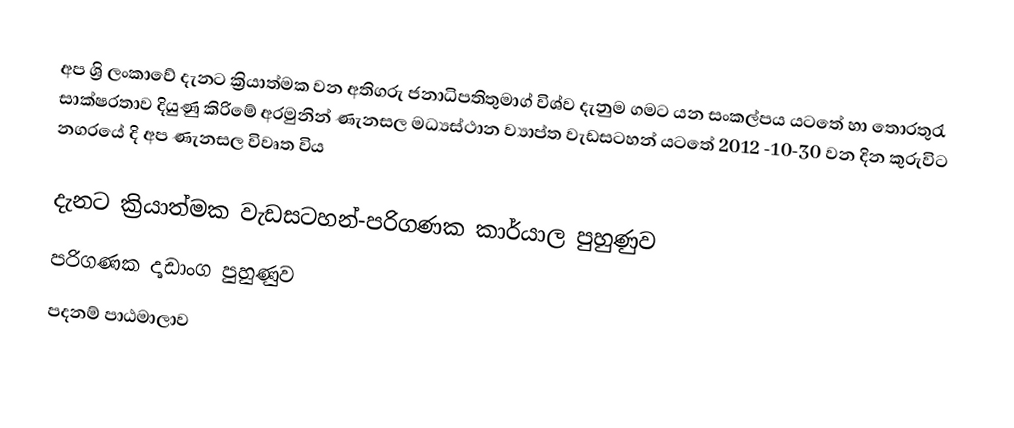
අප ශ්‍රි ලංකාවේ දැනට ක්‍රියාත්මක වන අතිගරු ජනාධිපතිතුමාග් විශ්ව දැනුම ගමට යන සංකල්පය යටතේ  හා තොරතුරැ සාක්ෂරතාව දියුණු කිරිමේ අරමුනින් ණැනසල මධ්‍යස්ථාන ව්‍යාප්ත වැඩසටහන්  යටතේ 2012 -10-30 වන දින කුරුවිට නගරයේ දි අප ණැනසල විවෘත විය

දැනට ක්‍රියාත්මක වැඩසටහන්-පරිගණක කාර්යාල පුහුණුව
                    පරිගණක දෘඩාංග පුහුණුව
                    පදනම් පාඨමාලාව